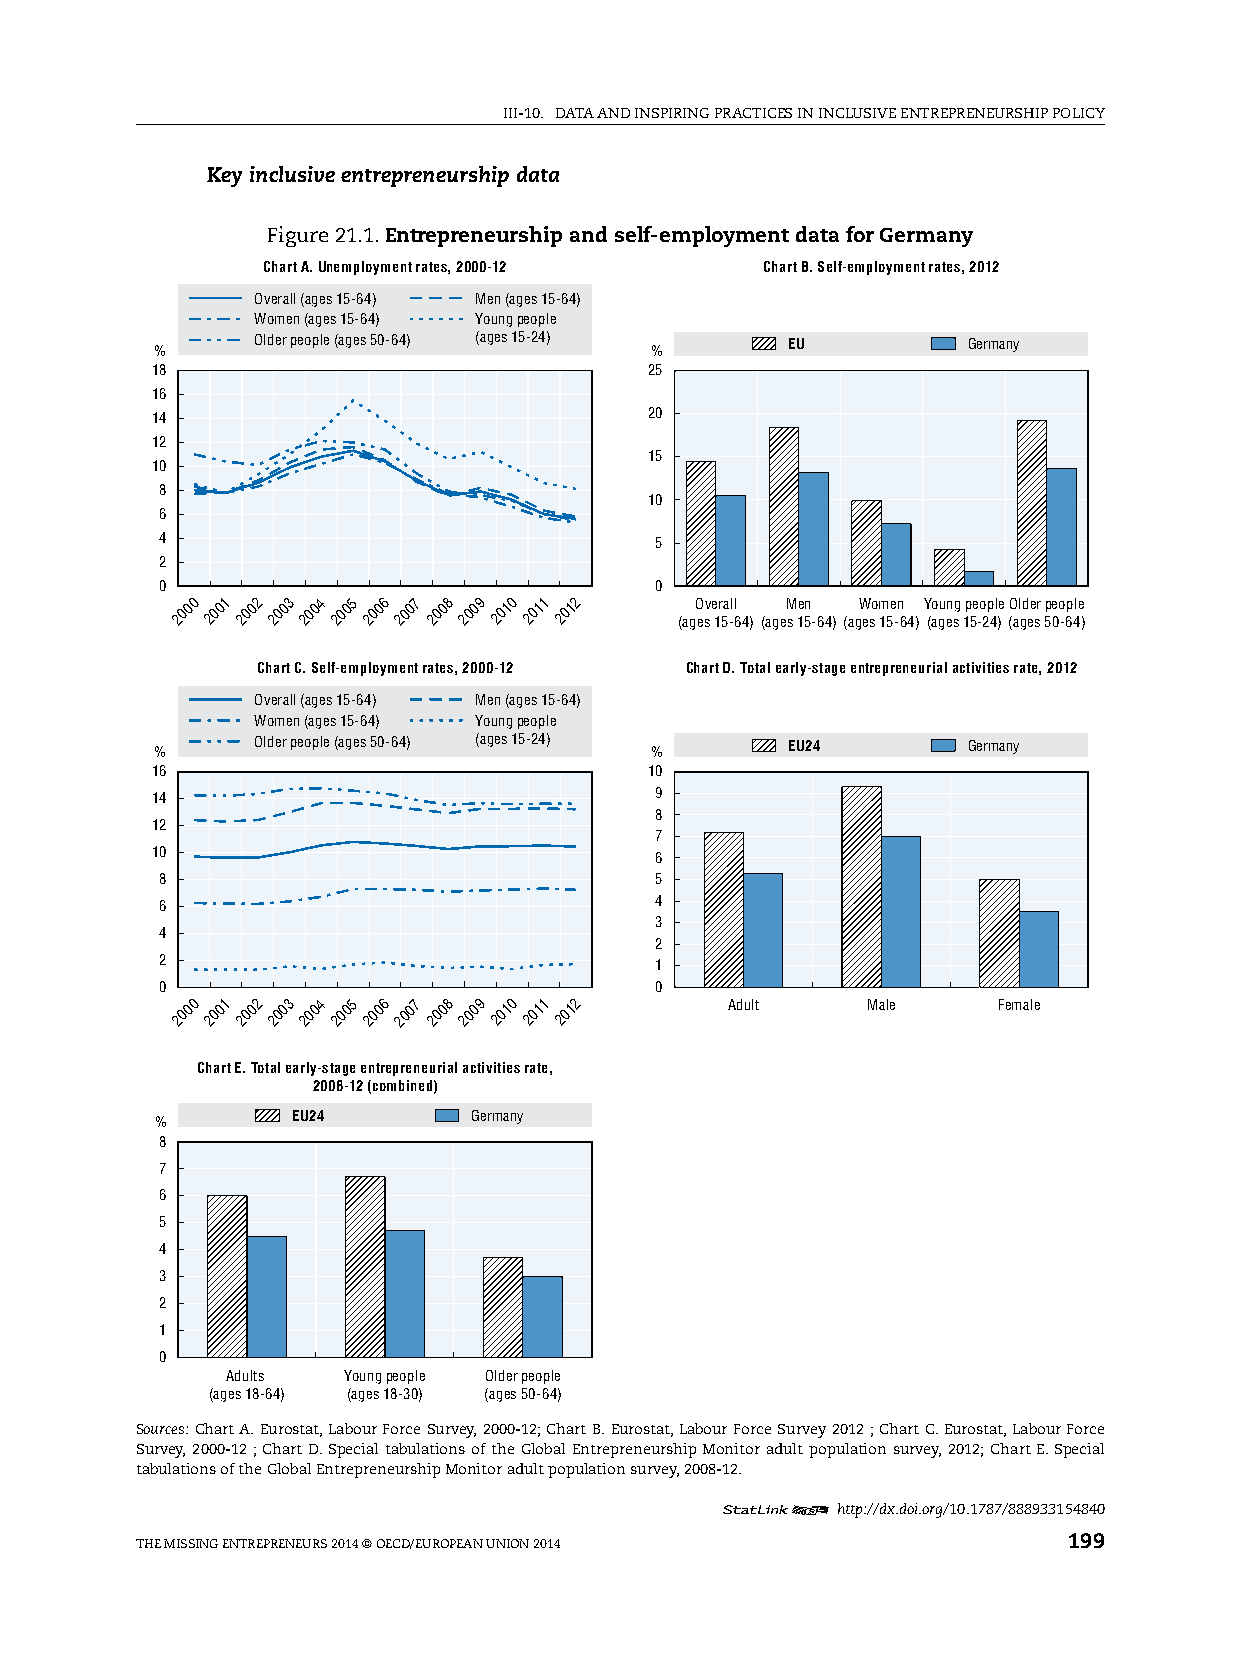
iii-10. DATA AnD inspiring prACTiCes in inClusive enTrepreneurship pOliCy
 Key inclusive entrepreneurship data
 Figure 21.1. Entrepreneurship and self-employment data for Germany
 Chart A. Unemployment rates, 2000-12 Chart B. Self-employment rates, 2012
 Overall (ages 15-64) Men (ages 15-64)
 Women (ages 15-64) Young people
 Older people (ages 50-64) (ages 15-24) EU      Germany
 %                                %
 18                               25
 16
 14                               20
 12
 15
 10
 8
 10
 6
 4                               5
 2
 0                               0
 2000 2001 2002 2003 2004 2005 2006 2007 2008 2009 2010 2011 2012 (agO esv e 1r 5a -ll
 64)
 (ageM
 s
 1e 5n -64)(agW eso m 15e -n 64)Y (ao gu en sg 1p 5e -o 2p 4l )e (O al gd ee sr 5p 0eo -6p 4le
 )
 Chart C. Self-employment rates, 2000-12 Chart D. Total early-stage entrepreneurial activities rate, 2012
 Overall (ages 15-64) Men (ages 15-64)
 Women (ages 15-64) Young people
 Older people (ages 50-64) (ages 15-24) EU24    Germany
 %                                %
 16                               10
 14                               9
 8
 12
 7
 10                               6
 8                               5
 6                               4
 3
 4
 2
 2                               1
 0                               0
 2000 2001 2002 2003 2004 2005 2006 2007 2008 2009 2010 2011 2012 Adult Male Female
 Chart E. Total early-stage entrepreneurial activities rate,
 2008-12 (combined)
 %        EU24        Germany
 8
 7
 6
 5
 4
 3
 2
 1
 0
 Adults  Young people Older people
 (ages 18-64) (ages 18-30) (ages 50-64)
 Sources: Chart A. eurostat, labour Force survey, 2000-12; Chart B. eurostat, labour Force survey 2012 ; Chart C. eurostat, labour Force
 survey, 2000-12 ; Chart D. special tabulations of the global entrepreneurship Monitor adult population survey, 2012; Chart e. special
 tabulations of the global entrepreneurship Monitor adult population survey, 2008-12.
 12     http://dx.doi.org/10.1787/888933154840
 The Missing enTrepreneurs 2014 © OeCD/eurOpeAn uniOn 2014     199